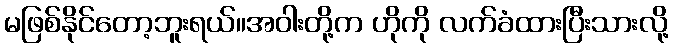
မဖြစ်နိုင်တော့ဘူးရယ်။အဝါးတို့က ဟိုကို လက်ခံထားပြီးသားလို့